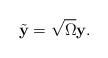
LaTeX: \begin{align*}\tilde{\mathbf{y}}=\sqrt{\Omega}\mathbf{y}.\end{align*}